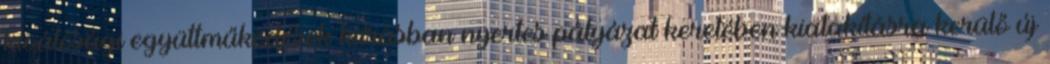
kiválósági együttműködések kiírásban nyertes pályázat keretében kialakításra kerülő új